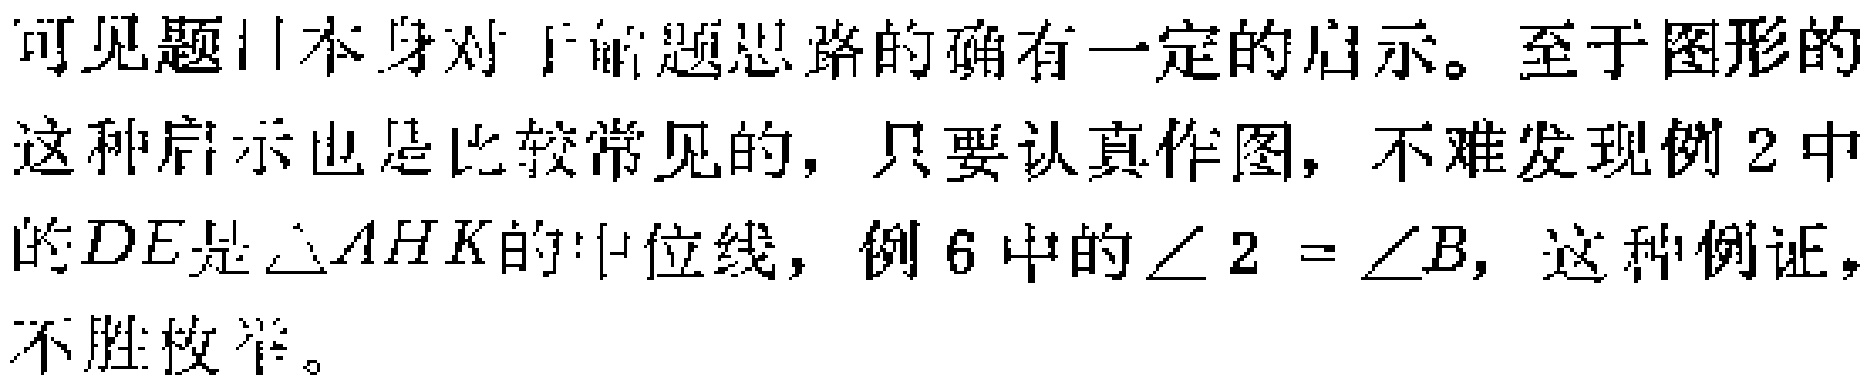
\(-\frac{\pi}{2}<\alpha,\frac{\pi}{2}-2\beta<\frac{\pi}{2}\)